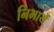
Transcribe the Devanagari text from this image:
निभायें